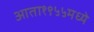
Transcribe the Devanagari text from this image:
आता१९५५मध्ये